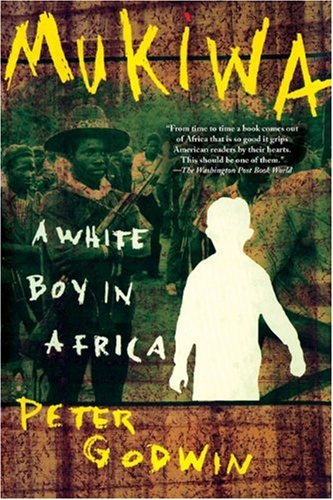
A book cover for Mukiwa: A White Boy in Africa; Peter Godwin; Biographies & Memoirs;